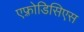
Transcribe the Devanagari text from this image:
एफ़्रोडिसिएस